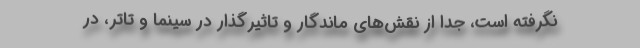
نگرفته است، جدا از نقش‌های ماندگار و تاثیرگذار در سینما و تاتر، در